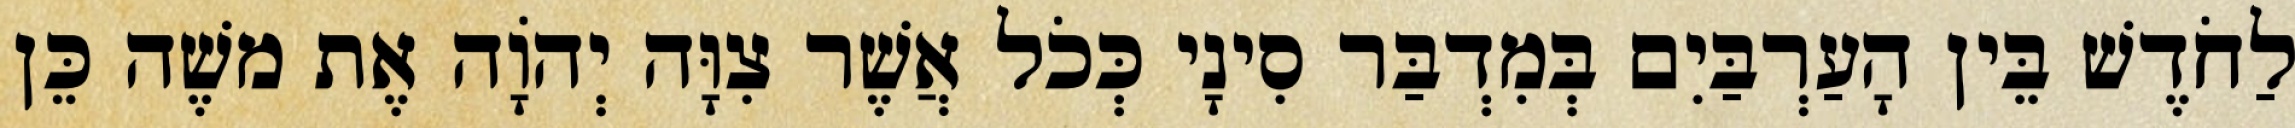
לַחֹדֶשׁ בֵּין הָעַרְבַּיִם בְּמִדְבַּר סִינָי כְּכֹל אֲשֶׁר צִוָּה יְהוָֹה אֶת משֶׁה כֵּן